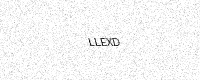
Text: LLEXD